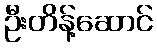
ဦးတိန့်ဆောင်